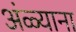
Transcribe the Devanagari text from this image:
अंळ्याना